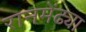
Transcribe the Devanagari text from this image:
रानमेंढ्या